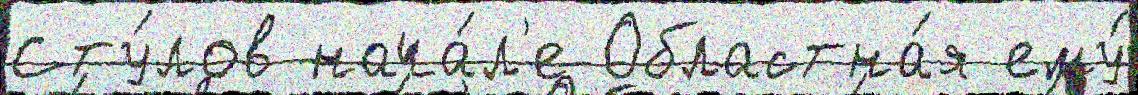
Сту́лов нача́л'е Областна́я ему́